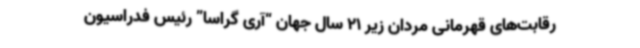
رقابت‌های قهرمانی مردان زیر 21 سال جهان “آری گراسا” رئیس فدراسیون